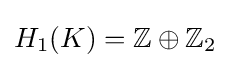
H_{1}(K)=\mathbb {Z} \oplus \mathbb {Z} _{2}